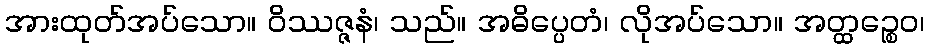
အားထုတ်အပ်သော။ ဝိဿဇ္ဇနံ၊ သည်။ အဓိပ္ပေတံ၊ လိုအပ်သော။ အတ္ထဉ္စေဝ၊